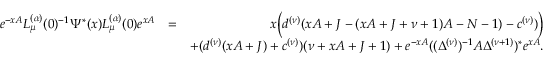
\begin{array} { r l r } { e ^ { - x A } L _ { \mu } ^ { ( \alpha ) } ( 0 ) ^ { - 1 } \Psi ^ { \ast } ( x ) L _ { \mu } ^ { ( \alpha ) } ( 0 ) e ^ { x A } } & { = } & { x \Big ( d ^ { ( \nu ) } ( x A + J - ( x A + J + \nu + 1 ) A - N - 1 ) - c ^ { ( \nu ) } ) \Big ) } \\ & { } & { + ( d ^ { ( \nu ) } ( x A + J ) + c ^ { ( \nu ) } ) ( \nu + x A + J + 1 ) + e ^ { - x A } ( ( \Delta ^ { ( \nu ) } ) ^ { - 1 } A \Delta ^ { ( \nu + 1 ) } ) ^ { \ast } e ^ { x A } . } \end{array}